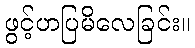
ဖွင့်ဟပြမိလေခြင်း။